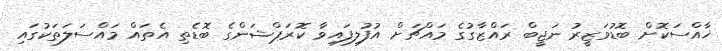
ޚާއްސަކޮށް ބޮޑުވަޒީރު ނަޖީބް ރައްޒާގުގެ މައްޗަށް އުފުލިފައިވާ ކޮރަޕްޝަންގެ ބޮޑެތި އެތައް މައްސަލަތަކުގައި